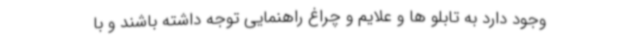
وجود دارد به تابلو ها و علایم و چراغ راهنمایی توجه داشته باشند و با